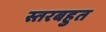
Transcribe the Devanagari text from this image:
स्तरबहुत